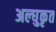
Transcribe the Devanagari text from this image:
अल्घुकृत